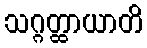
သဂ္ဂတ္ထာယာတိ